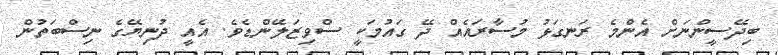
ބިދޭސީންނަށް އެންމެ ރަނގަޅު މުސާރައެއް ދޭ ގައުމަކީ ސްވިޒަލޭންޑެވެ. އެއީ ދުނިޔޭގެ ނިސްބަތުން